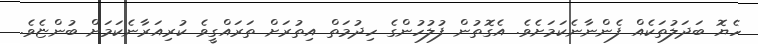
ހެޔޮ ބަދަލުތަކެއް ފެންނާނެކަމަށެވެ. އެގޮތުން ފުުލުހުންގެ ހިދުމަތް އިތުރަށް ތަރައްގީވެ ކުރިއަރާނެކަމަށް ބުންޏެވެ.